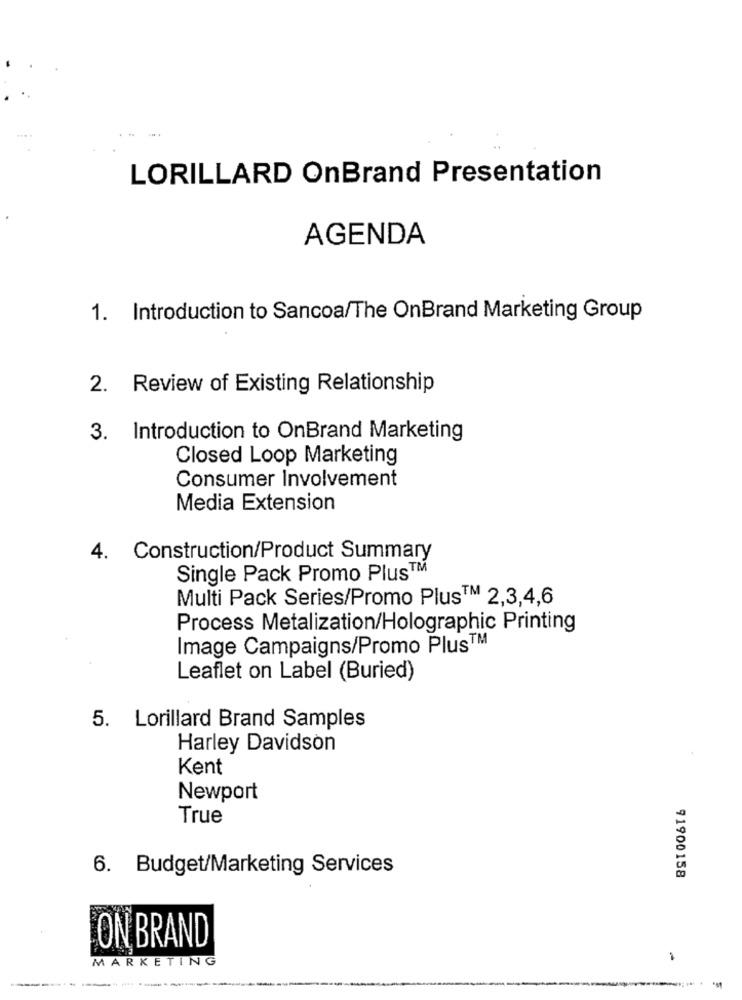
LORILLARD OnBrand Presentation
AGENDA
1. Introduction to Sancoa/The OnBrand Marketing Group
2. Review of Existing Relationship
3. Introduction to OnBrand Marketing
Closed Loop Marketing
Consumer Involvement
Media Extension
4. Construction/Product Summary
Single Pack Promo Plus™
Multi Pack Series/Promo Plus™ 2,3,4,6
Process Metalization/Holographic Printing
Image Campaigns/Promo Plus™
Leaflet on Label (Buried)
5. Lorillard Brand Samples
Harley Davidson
Kent
Newport
True
6. Budget/Marketing Services
91900158
ON BRAND
MARKETING